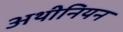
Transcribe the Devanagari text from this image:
अथीनियन